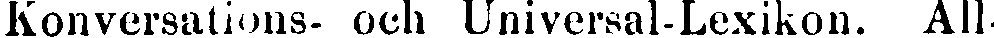
Konversations- och Universal-Lexikon. All-